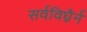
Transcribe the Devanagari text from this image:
सर्वविघ्नैर्न